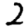
Digit: 2